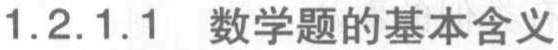
1.2.1.1 数学题的基本含义